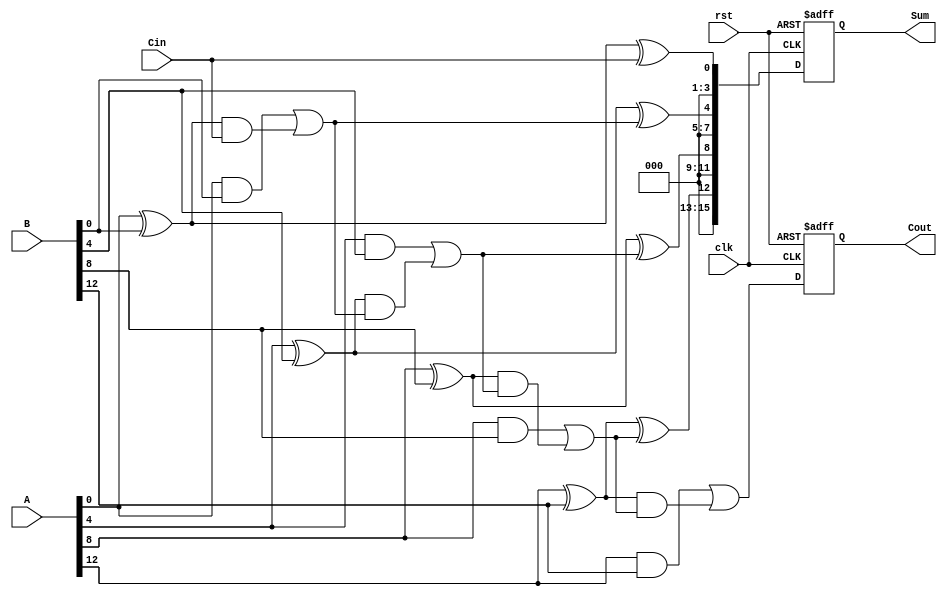
module PipelinedCLA (
    input clk,
    input rst,
    input [15:0] A,
    input [15:0] B,
    input Cin,
    output reg [15:0] Sum,
    output reg Cout
);

    // Internal signals for carry lookahead logic
    wire [3:0] P, G; // Propagate and Generate signals for each group
    wire [4:0] C;    // Carry signals between stages

    // Stage 1: Compute P and G for each 4-bit group
    assign P[0] = A[3:0] ^ B[3:0];
    assign G[0] = A[3:0] & B[3:0];

    assign P[1] = A[7:4] ^ B[7:4];
    assign G[1] = A[7:4] & B[7:4];

    assign P[2] = A[11:8] ^ B[11:8];
    assign G[2] = A[11:8] & B[11:8];

    assign P[3] = A[15:12] ^ B[15:12];
    assign G[3] = A[15:12] & B[15:12];

    // Stage 2: Compute carry signals
    assign C[0] = Cin; // Initial carry-in
    assign C[1] = G[0] | (P[0] & C[0]);
    assign C[2] = G[1] | (P[1] & C[1]);
    assign C[3] = G[2] | (P[2] & C[2]);
    assign C[4] = G[3] | (P[3] & C[3]);

    // Stage 3: Compute sum for each group
    wire [3:0] Sum0, Sum1, Sum2, Sum3;

    assign Sum0 = P[0] ^ C[0]; // Sum for first group
    assign Sum1 = P[1] ^ C[1]; // Sum for second group
    assign Sum2 = P[2] ^ C[2]; // Sum for third group
    assign Sum3 = P[3] ^ C[3]; // Sum for fourth group

    // Stage 4: Register outputs on clock edge
    always @(posedge clk or posedge rst) begin
        if (rst) begin
            Sum <= 16'b0;
            Cout <= 1'b0;
        end else begin
            Sum <= {Sum3, Sum2, Sum1, Sum0}; // Concatenate sums
            Cout <= C[4]; // Final carry-out
        end
    end

endmodule